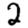
Digit: 2